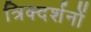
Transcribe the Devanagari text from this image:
त्रिक्दर्शनों